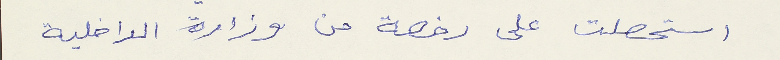
استحصلت على رخصة من وزارة الداخلية